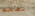
الضخم